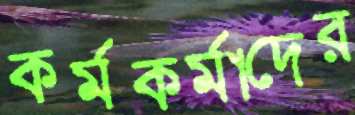
কর্মকর্মাদের